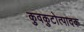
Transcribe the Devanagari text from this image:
कुवकुटोत्पादक